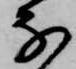
な